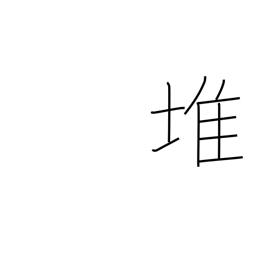
Meaning: piled high